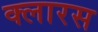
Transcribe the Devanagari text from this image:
क्लारस